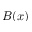
B ( x )